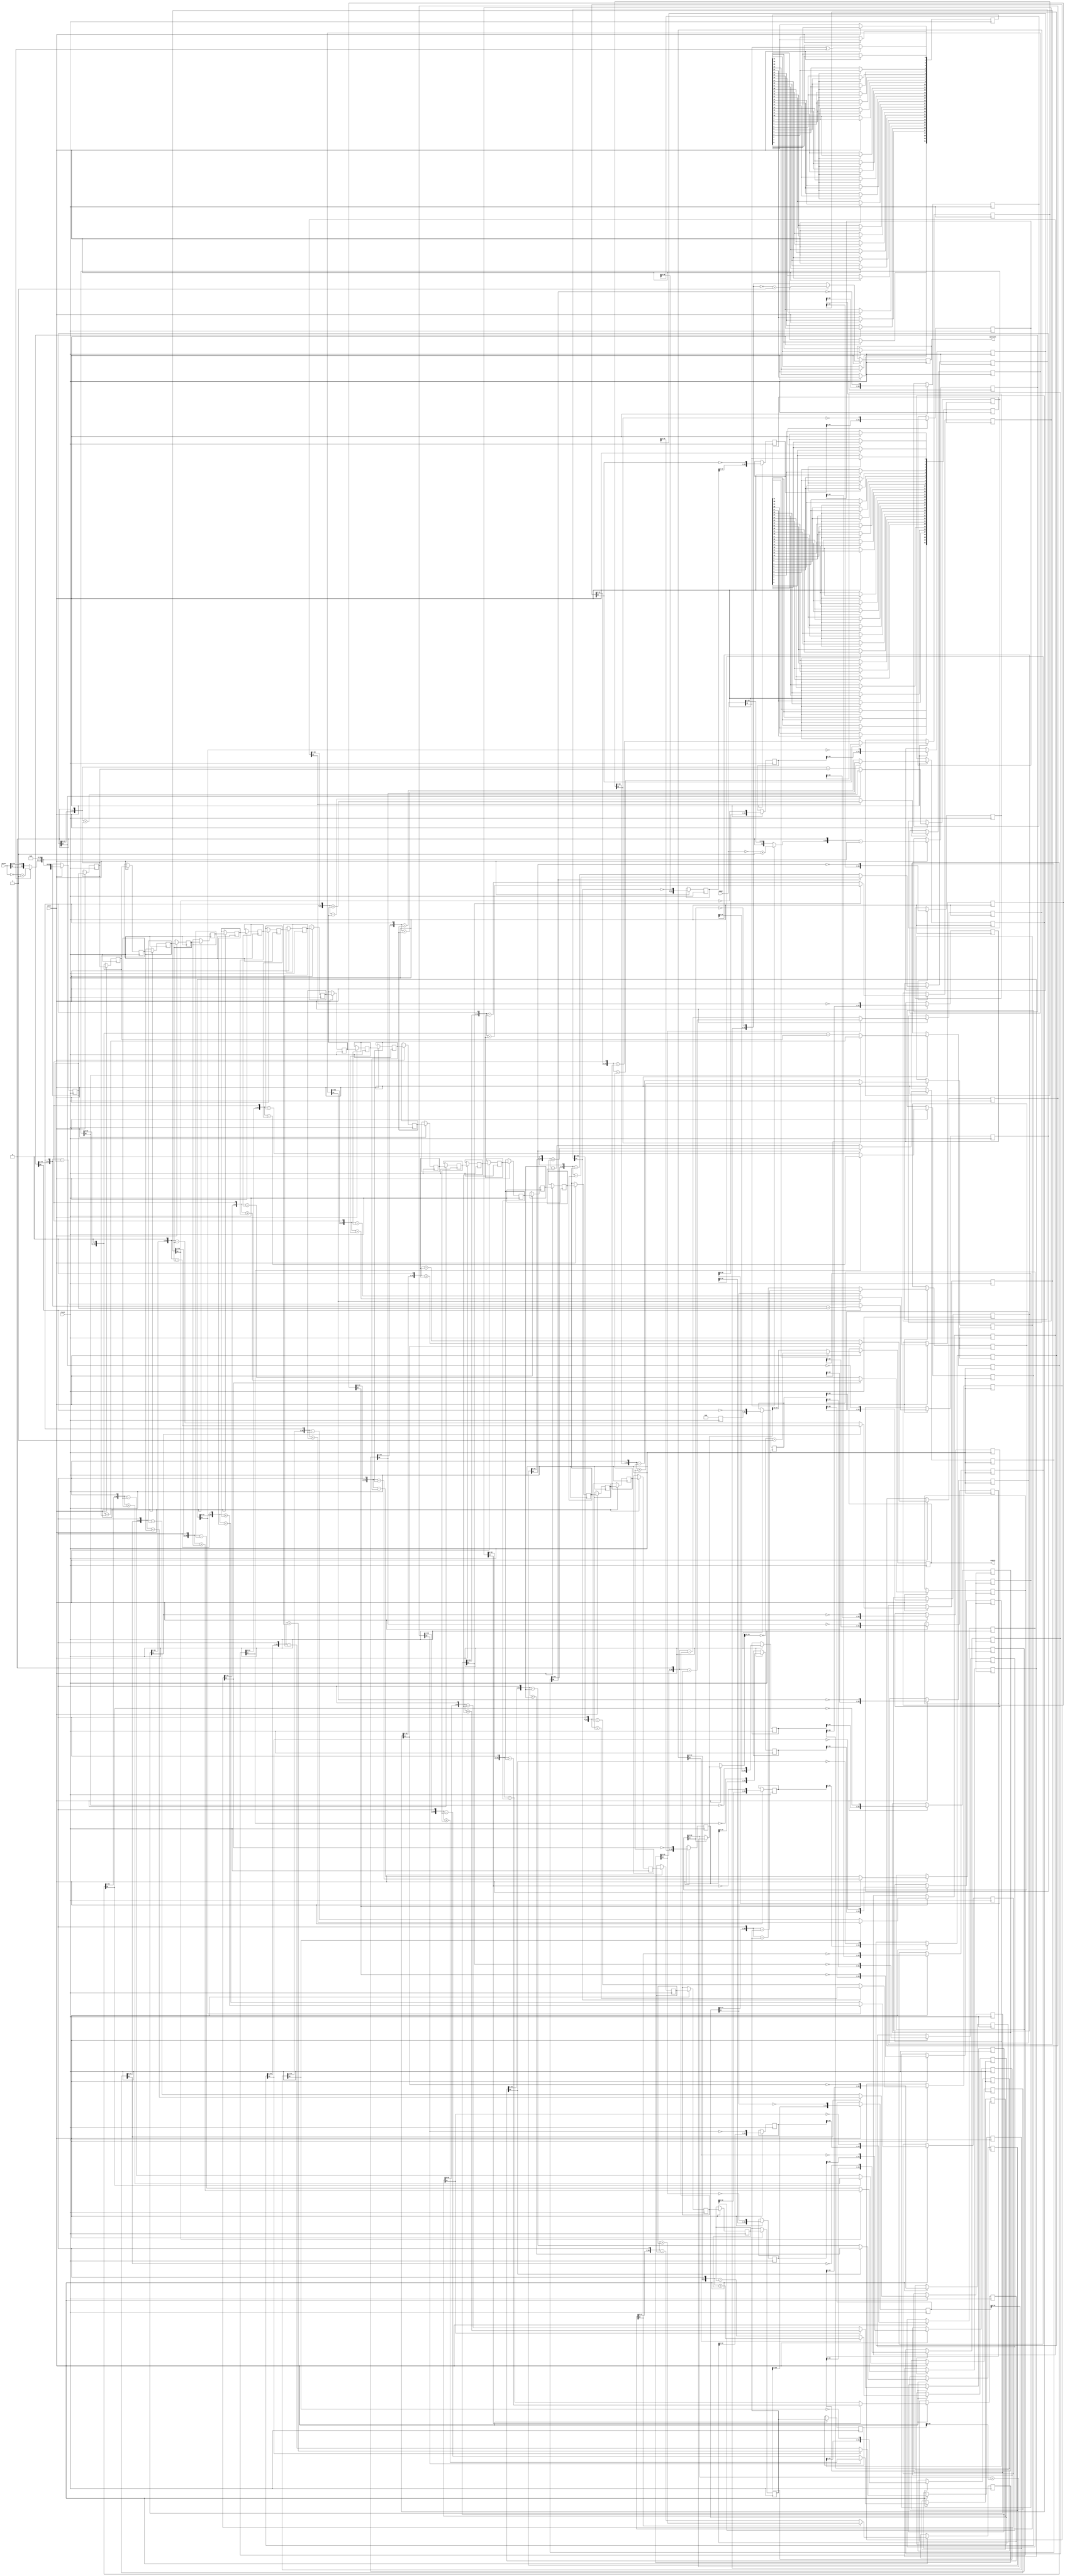
/////////////////////////////////////////////////////////////////////
////                                                             ////
////  Non-restoring unsigned divider                             ////
////                                                             ////
////          richard@asics.ws                                   ////
////          www.asics.ws                                       ////
////                                                             ////
/////////////////////////////////////////////////////////////////////
////                                                             ////
//// Copyright (C) 2002 Richard Herveille                        ////
////                    richard@asics.ws                         ////
////                                                             ////
//// This source file may be used and distributed without        ////
//// restriction provided that this copyright statement is not   ////
//// removed from the file and that any derivative work contains ////
//// the original copyright notice and the associated disclaimer.////
////                                                             ////
////     THIS SOFTWARE IS PROVIDED ``AS IS'' AND WITHOUT ANY     ////
//// EXPRESS OR IMPLIED WARRANTIES, INCLUDING, BUT NOT LIMITED   ////
//// TO, THE IMPLIED WARRANTIES OF MERCHANTABILITY AND FITNESS   ////
//// FOR A PARTICULAR PURPOSE. IN NO EVENT SHALL THE AUTHOR      ////
//// OR CONTRIBUTORS BE LIABLE FOR ANY DIRECT, INDIRECT,         ////
//// INCIDENTAL, SPECIAL, EXEMPLARY, OR CONSEQUENTIAL DAMAGES    ////
//// (INCLUDING, BUT NOT LIMITED TO, PROCUREMENT OF SUBSTITUTE   ////
//// GOODS OR SERVICES; LOSS OF USE, DATA, OR PROFITS; OR        ////
//// BUSINESS INTERRUPTION) HOWEVER CAUSED AND ON ANY THEORY OF  ////
//// LIABILITY, WHETHER IN  CONTRACT, STRICT LIABILITY, OR TORT  ////
//// (INCLUDING NEGLIGENCE OR OTHERWISE) ARISING IN ANY WAY OUT  ////
//// OF THE USE OF THIS SOFTWARE, EVEN IF ADVISED OF THE         ////
//// POSSIBILITY OF SUCH DAMAGE.                                 ////
////                                                             ////
/////////////////////////////////////////////////////////////////////

`timescale 1 ns / 1 ns

module div_signed(clock, clken, numer, denom, quotient, remain);

   //
   // parameters
   //
   parameter stages = 32; // controls # of pipeline stages
   localparam width = stages;
   parameter z_width = 2*width; // internally used width
   
   parameter width_n = width; // width of numerator and quotient <= width
   parameter width_d = width; // width of denominator and remainder <= width
   
   //
   // inputs & outputs
   //
   input clock;               // system clock
   input clken;               // clock enable
   
   input [width_n -1:0] numer; // dividend
   input [width_d -1:0] denom; // divisor
   output [width_n -1:0] quotient; // quotient
   output [width_d -1:0] remain; // remainder
   reg [width_n-1:0] 	 quotient = {(width_n){1'b0}};
   reg [width_d-1:0] 	 remain =  {(width_d){1'b0}};
   
   //	
   // functions
   //
   function [z_width:0] gen_s;
      input [z_width:0]  si;
      input [z_width:0]  di;
      begin
	 if(si[z_width])
	   gen_s = {si[z_width-1:0], 1'b0} + di;
	 else
	   gen_s = {si[z_width-1:0], 1'b0} - di;
      end
   endfunction

   function [width-1:0] gen_q;
      input [width-1:0] qi;
      input [z_width:0]   si;
      begin
	 gen_q = {qi[width-2:0], ~si[z_width]};
      end
   endfunction

   function [width-1:0] assign_s;
      input [z_width:0] si;
      input [z_width:0] di;
      reg [z_width:0] 	tmp;
      begin
	 if(si[z_width])
	   tmp = si + di;
	 else
	   tmp = si;
	 
	 assign_s = tmp[z_width-1:z_width-width];
      end
   endfunction
   
   //
   // variables
   //
   reg [width-1:0] q_pipe  [width-1:0];
   reg [z_width:0]   s_pipe  [width:0];
   reg [z_width:0]   d_pipe  [width:0];

   // added by janders; April 2015
   // spipe1 and spipe2 keep track of whether we need to change the sign
   // of the quotient and remainder
   // inumer, idenom are the numerator and denominator in absolute value
   reg [width-1:0]     spipe1;
   reg [width-1:0] 	 spipe2;
   reg [width-1:0] 	 inumer;
   reg [width-1:0] 	 idenom;
   
   integer 	     n0, n1, n2;

   // This always block takes the absolute value of the numerator
   always @(numer)
     if (numer[width_n-1])
       inumer = ~numer + 1'b1;
     else
       inumer = numer;

   // Take the absolute value of the denominator
   always @(denom)
     if (denom[width_d-1])
       idenom = ~denom + 1'b1;
     else
       idenom = denom;
   
   
   // generate divisor (d) pipe
   always @(idenom)
     begin
	d_pipe[0] 	<= {1'b0, idenom, {(z_width-width){1'b0}} };
     end
   
   always @(posedge clock)
     if(clken)
       for(n0=1; n0 <= width; n0=n0+1)
	 d_pipe[n0] <= d_pipe[n0-1];
   
   // generate internal remainder pipe
   always @(inumer)
     begin
	s_pipe[0] <= {{(width){1'b0}}, inumer};
     end
   
   always @(posedge clock)
     if(clken)
       for(n1=1; n1 <= width; n1=n1+1)
	 s_pipe[n1] <= gen_s(s_pipe[n1-1], d_pipe[n1-1]);
   
   // generate quotient pipe
   always @(posedge clock)
     q_pipe[0] <= 0;
   
   always @(posedge clock)
     if(clken)
       for(n2=1; n2 < width; n2=n2+1)
	 q_pipe[n2] <= gen_q(q_pipe[n2-1], s_pipe[n2]);
      
   // This is a little tricky.  The spipe1 stores whether the
   // remainder's should be made negative.  In the LLVM srem instruction
   // the remainder takes the sign of the numerator.
   
   // The spipe2 stores whether the quotient is to be made negative.
   // This follows the usual math semantics.  It should be negative
   // if the signs of the dividend and divisor are different (XOR).

   // Added by janders; April 2015
   integer n,m;
   always @(posedge clock)
     if(clken)
       begin
	  spipe1[0] <= numer[width-1];
	  
	  for(n=1; n < width; n=n+1)
	    spipe1[n] <= spipe1[n-1];
	  
	  spipe2[0] <= numer[width-1] ^ denom[width-1];
	  for(m=1; m < width; m=m+1)
	    spipe2[m] <= spipe2[m-1];
       end   
      
   always @(posedge clock)
     if(clken) // we may need to change the sign of the remainder
       remain <= spipe1[width-1] ? ~assign_s(s_pipe[width], d_pipe[width]) + 1'b1 : assign_s(s_pipe[width], d_pipe[width]);

   always @(posedge clock)
     if(clken) // we may need to change the sign of the quotient
       quotient <= spipe2[width-1] ? ~gen_q(q_pipe[width-1], s_pipe[width]) + 1'b1 : gen_q(q_pipe[width-1], s_pipe[width]);

endmodule